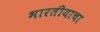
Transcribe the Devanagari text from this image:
भारतीयाचा